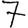
Digit: 7